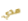
مدي